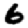
Digit: 6